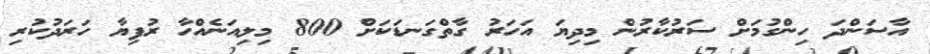
އާސަންދަ ހިންގުމަށް ސަރުކާރުން މިދިޔަ އަހަރު ގާތްގަނޑަކަށް 800 މިލިއަނެއްހާ ރުފިޔާ ހަރަދުކުރި